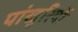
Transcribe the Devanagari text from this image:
पांखुरियों